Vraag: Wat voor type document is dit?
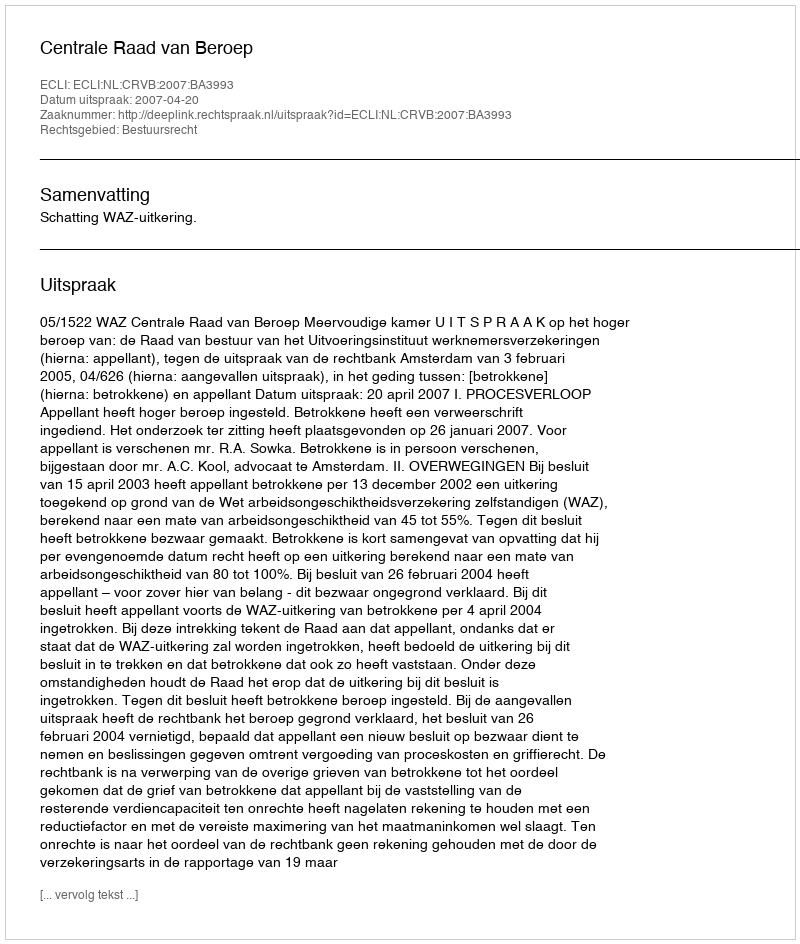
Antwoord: Uitspraak